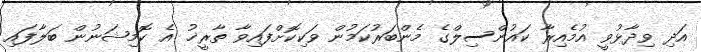
އަދި ވިދާޅުވީ އުމެއިރާ ކައުންސިލްގެ މެންބަރުކަމުން ވަކިކޮށްފައިވާ ތާރީޚު އެ ކޮމިޝަނުން ބަލާފައި